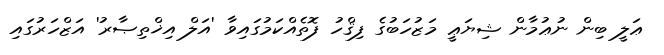
ޢަލީ ބިން ނުޢުމާން ޝިޔަޢީ މަޒުހަބުގެ ފިޤްހު ފޮތެއްކަމުގައިވާ 'އަލް އިޚްތިޞާރ'ު އަޒްހަރުގައި